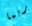
ربما